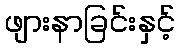
ဖျားနာခြင်းနှင့်